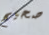
صحيح